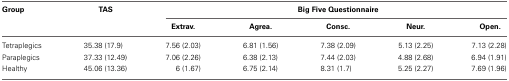
<table><thead><tr><td><b>Group</b></td><td><b>TAS</b></td><td colspan="5"><b>Big Five Questionnaire</b></td></tr><tr><td></td><td></td><td><b>Extrav.</b></td><td><b>Agrea.</b></td><td><b>Consc.</b></td><td><b>Neur.</b></td><td><b>Open.</b></td></tr></thead><tbody><tr><td>Tetraplegics</td><td>35.38 (17.9)</td><td>7.56 (2.03)</td><td>6.81 (1.56)</td><td>7.38 (2.09)</td><td>5.13 (2.25)</td><td>7.13 (2.28)</td></tr><tr><td>Paraplegics</td><td>37.33 (12.49)</td><td>7.06 (2.26)</td><td>6.38 (2.13)</td><td>7.44 (2.03)</td><td>4.88 (2.68)</td><td>6.94 (1.91)</td></tr><tr><td>Healthy</td><td>45.06 (13.36)</td><td>6 (1.67)</td><td>6.75 (2.14)</td><td>8.31 (1.7)</td><td>5.25 (2.27)</td><td>7.69 (1.96)</td></tr></tbody></table>